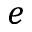
e